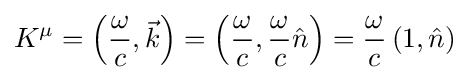
K^{\mu }=\left({\frac {\omega }{c}},{\vec {k}}\right)=\left({\frac {\omega }{c}},{\frac {\omega }{c}}{\hat {n}}\right)={\frac {\omega }{c}}\left(1,{\hat {n}}\right)